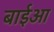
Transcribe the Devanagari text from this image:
बाईआ